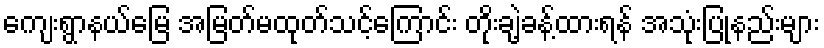
ကျေးရွာနယ်မြေ အမြတ်မထုတ်သင့်ကြောင်း တိုးချဲ့ခန့်ထားရန် အသုံးပြုနည်းများ